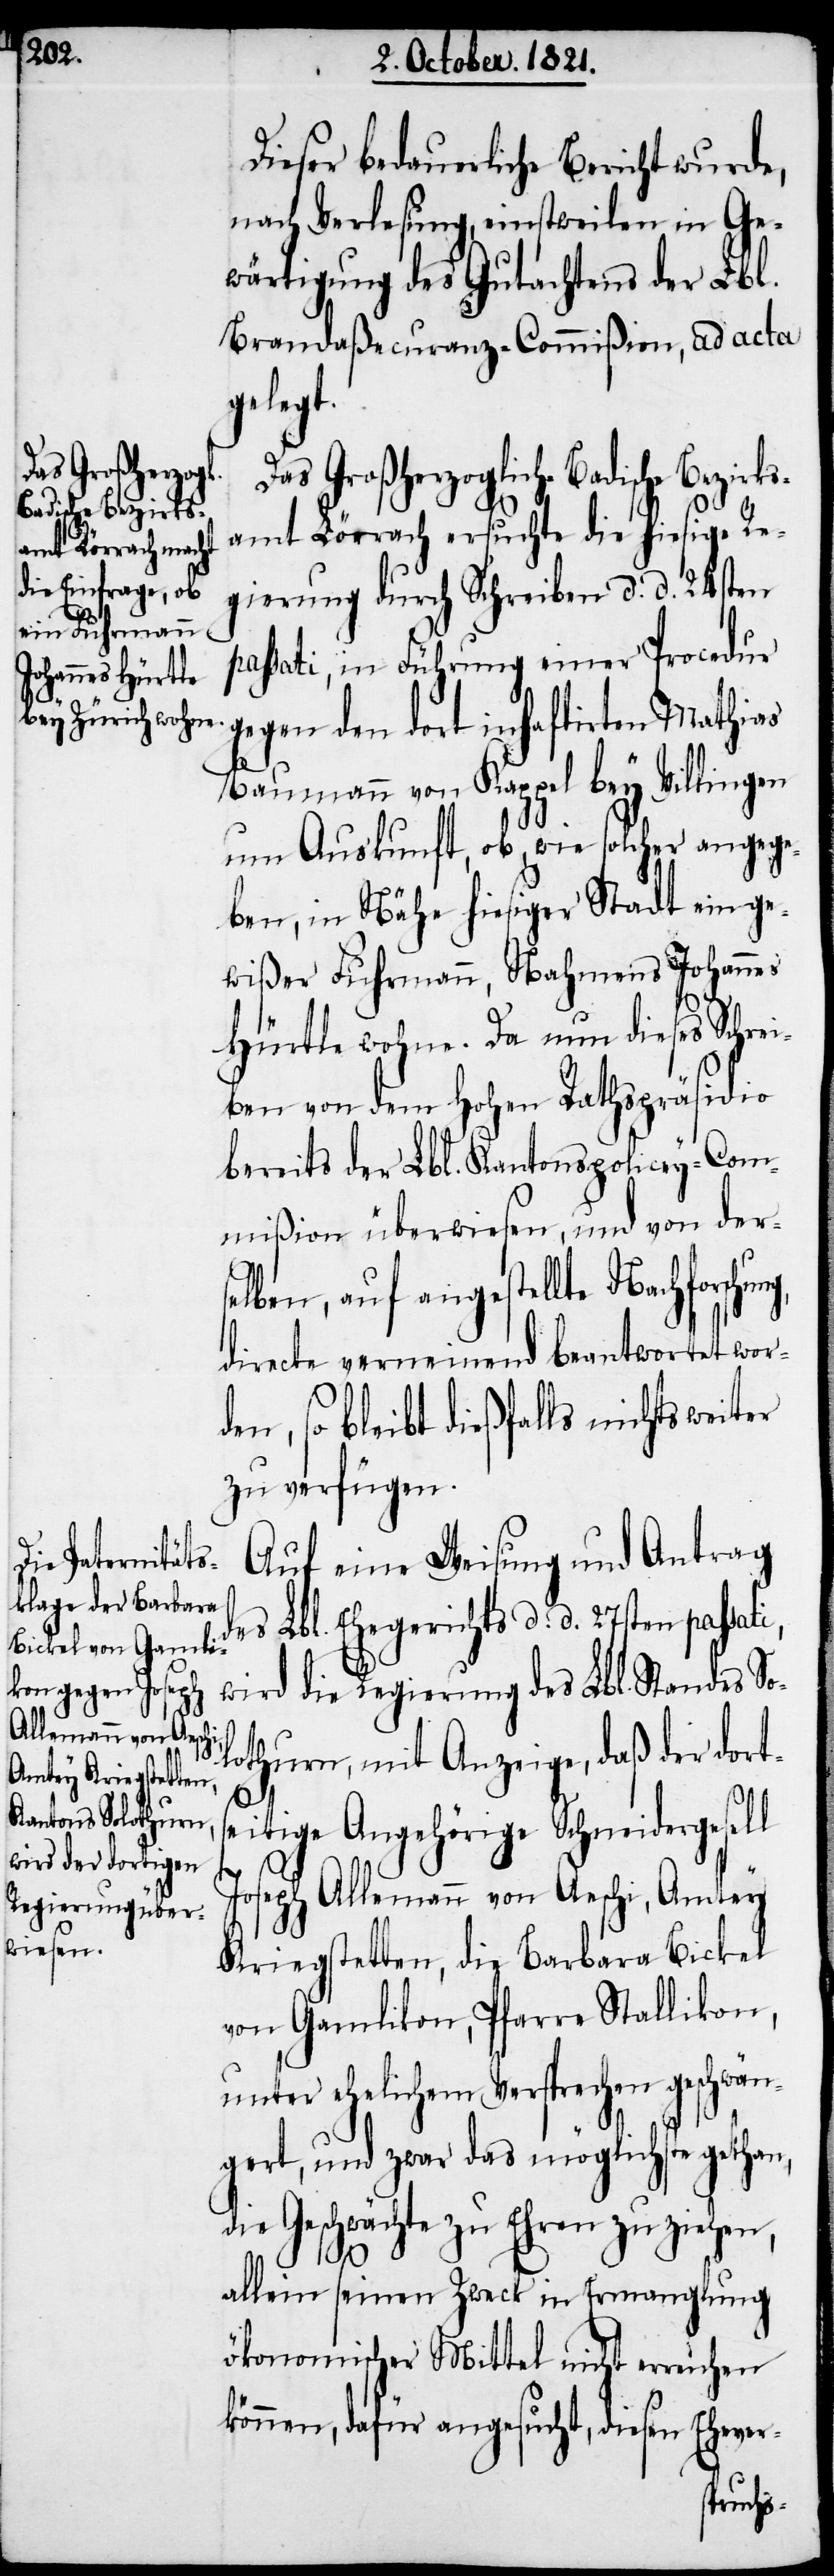
Dieser bedauerliche Bericht wurde,
nach Verlesung, einstweilen in Ge¬
wärtigung des Gutachtens der Lbl.
Brandaßecuranz-Commißion, ad acta
gelegt.
Das Großherzoglich-Badische Bezir¬
amt Lörrach ersuchte die hiesige Re¬
gierung durch Schreiben d. d. 24sten
passati, in Führung einer Procedur
gegen den dort inhaftirten Mathias
Baumann von Kappel bey Villingen
um Auskunft, ob, wie solcher angege¬
ben, in Nähe hiesiger Stadt ein ge¬
wißer Fuhrmann, Nahmens Johannes
Hürtle wohne. Da nun dieses Schrei¬
ben von dem hohen Rathspräsidio
bereits der Lbl. Kantons-Policey-Com¬
mißion überwiesen, und von ders¬
elben, auf angestellte Nachforsc¬
directe verneinend beantwortet word¬
en, so bleibt dießfalls nichts wei¬
zu verfügen.
Auf eine Weisung und Antrag
des Lbl. Ehegerichts d. d. 27sten passati,
wird die Regierung des Lbl. Standes So¬
lothurn, mit Anzeige, daß der dorts¬
eitige Angehörige Schneidergesell
ter
Joseph Allemann von Aeschi, Amtey
Kriegstetten, die Barbara Bickel
von Gamlikon, Pfarre Stallikon,
unter ehelichem Versprechen geschwän¬
gert, und zwar das möglichste gethan,
die Geschwächte zu Ehren zu ziehen,
allein seinen Zweck in Ermangelung
ökonomischer Mittel nicht erreichen
können, dafür angesucht, diesen Ehever-
hung,